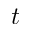
t